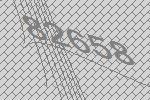
82658